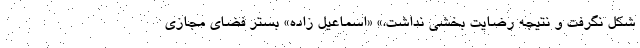
شکل نگرفت و نتیجه رضایت بخشی نداشت.» «اسماعیل زاده» بستر فضای مجازی